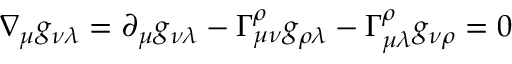
\nabla _ { \mu } g _ { \nu \lambda } = \partial _ { \mu } g _ { \nu \lambda } - \Gamma _ { \mu \nu } ^ { \rho } g _ { \rho \lambda } - \Gamma _ { \mu \lambda } ^ { \rho } g _ { \nu \rho } = 0